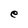
Character: e